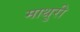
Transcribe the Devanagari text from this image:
माथुरी